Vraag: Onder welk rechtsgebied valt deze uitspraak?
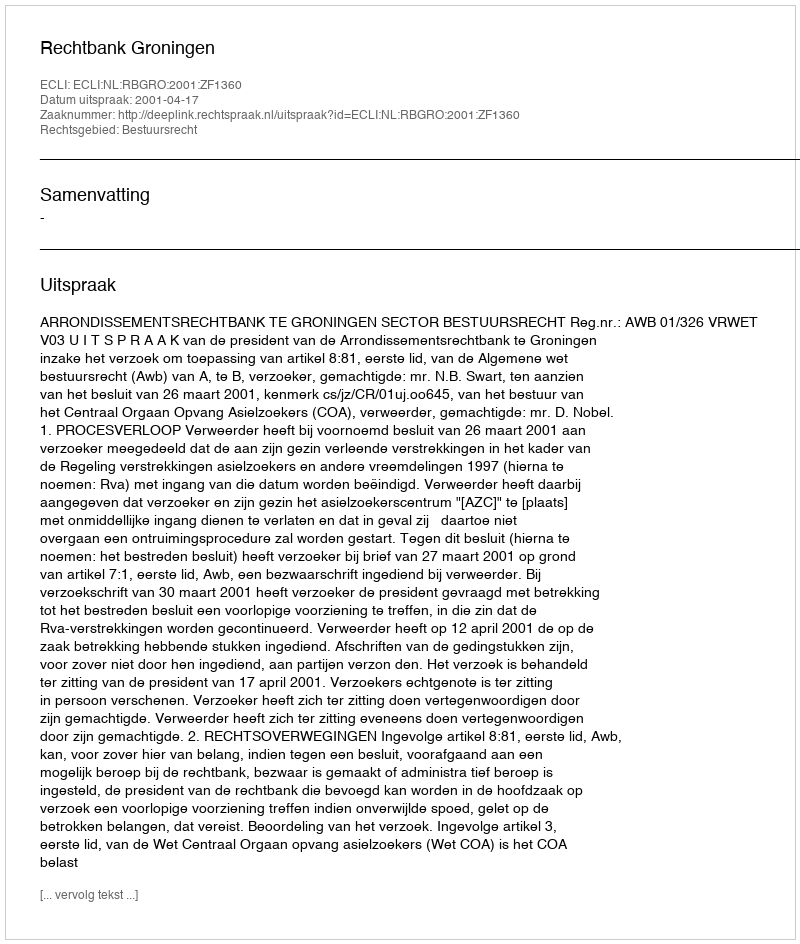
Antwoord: Bestuursrecht